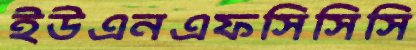
ইউএনএফসিসিসি